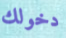
دخولك